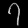
Digit: ၇